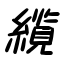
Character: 纜